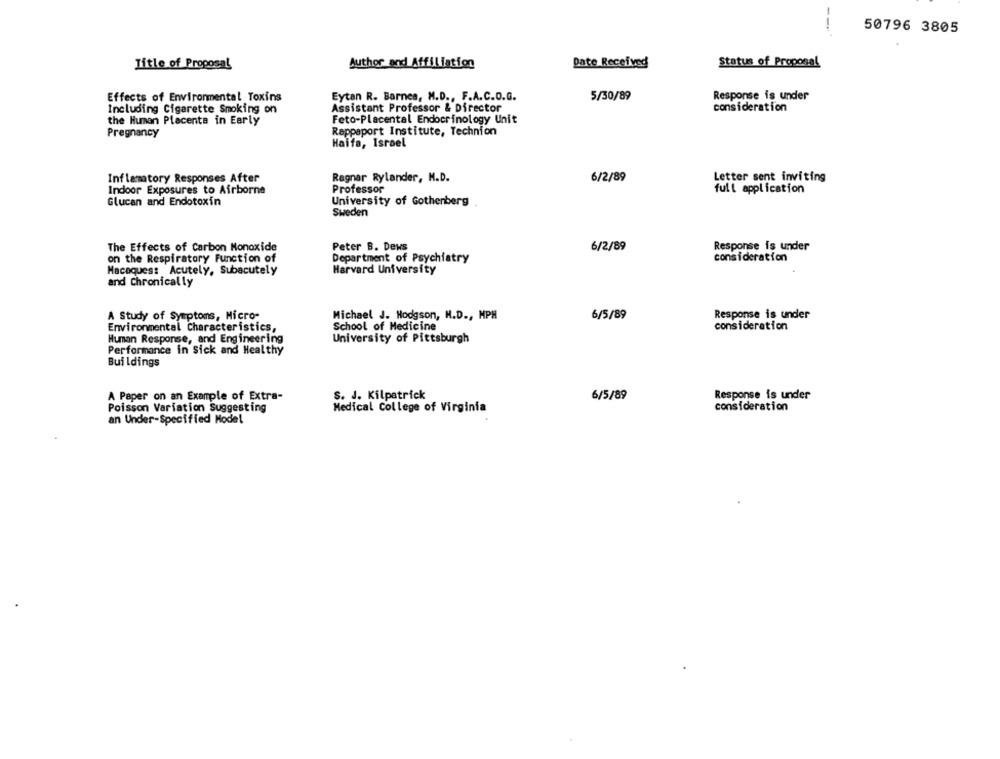
50796 3805
Title of Proposal
Author and Affiliation
Date Received
Status of Proposal
Effects of Environmental Toxins
Eytan R. Barnes, M.D ., F.A.C.O.G.
5/30/89
Response is under
consideration
Including Cigarette Smoking on
Assistant Professor & Director
the Human Placenta in Early
Feto-Placental Endocrinology Unit
Pregnancy
Rappaport Institute, Technion
Haifa, Israel
Inflamatory Responses After
Ragnar Rylander, M.D.
6/2/89
Letter sent inviting
Indoor Exposures to Airborne
Professor
full application
Glucan and Endotoxin
University of Gothenberg
Sweden
The Effects of Carbon Monoxide
Peter B. Dews
6/2/89
Response is under
on the Respiratory Function of
Department of Psychiatry
consideration
Macaques: Acutely, Subacutely
Harvard University
and Chronically
A Study of Symptoms, Micro-
Michael J. Hodgson, N.D ., MPH
6/5/89
Response is under
School of Medicine
consideration
Environmental Characteristics,
Human Response, and Engineering
University of Pittsburgh
Performance in Sick and Healthy
Buildings
S. J. Kilpatrick
Response is under
A Paper on an Example of Extra-
6/5/89
Poisson Variation Suggesting
Medical College of Virginia
consideration
an Under-Specified Model